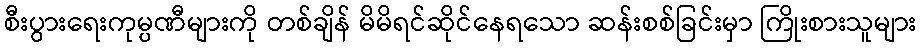
စီးပွားရေးကုမ္ပဏီများကို တစ်ချိန် မိမိရင်ဆိုင်နေရသော ဆန်းစစ်ခြင်းမှာ ကြိုးစားသူများ